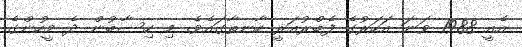
އެއީ 1988 ވަނަ އަހަރުގެ ފެބްރުއަރީ ހާނތާގައެވެ. މި ހިސާބުން ދެ މީހުންގެ